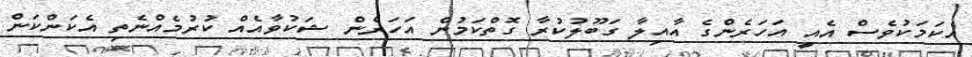
އެކަމަކުވެސް އެއީ އަހަރެންގެ އާއިލާ ގަބޫލުކުރާ ގޮތްކަމުން އަހަރެން ޝަކުވާއެއް ކުރުމެއްނެތި އެކަންކަން